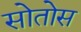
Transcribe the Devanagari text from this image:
सोतोस